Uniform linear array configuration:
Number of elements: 16
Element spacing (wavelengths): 0.5
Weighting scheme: binomial
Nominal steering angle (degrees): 60
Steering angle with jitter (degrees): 59.679
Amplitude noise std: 0.05
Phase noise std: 0.05

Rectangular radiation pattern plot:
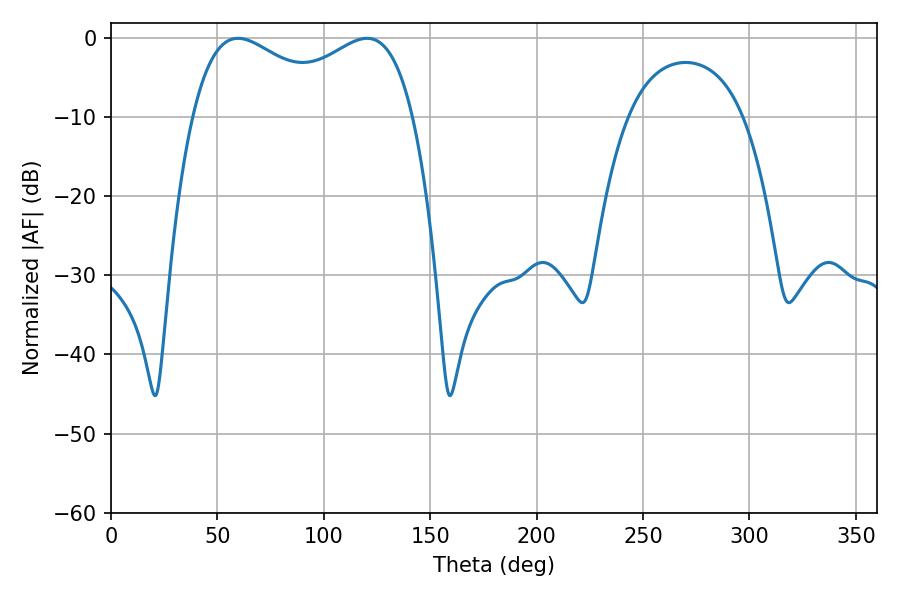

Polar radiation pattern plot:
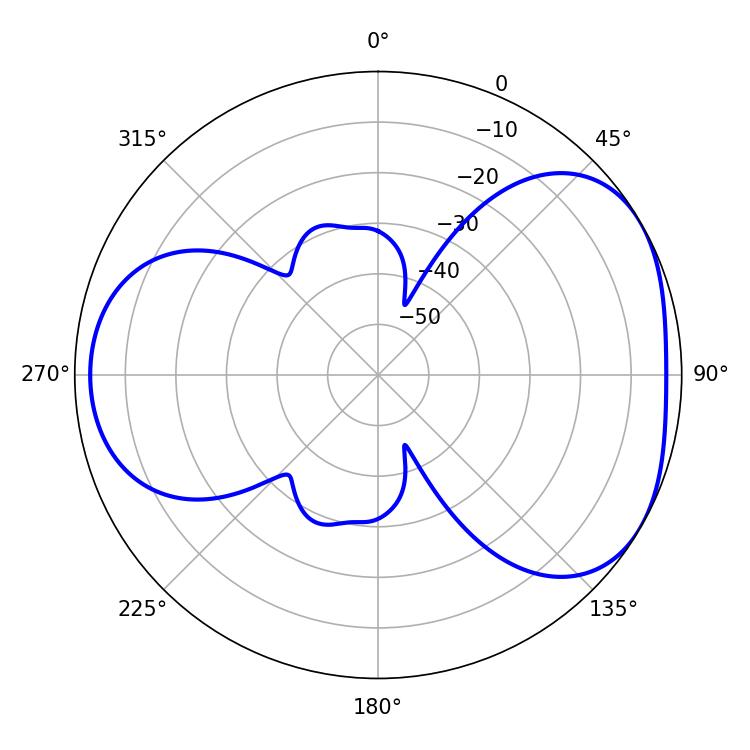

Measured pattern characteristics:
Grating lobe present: FALSE
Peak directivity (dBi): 4.282
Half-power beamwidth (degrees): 40.5
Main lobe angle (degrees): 59.76